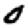
Digit: 0